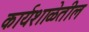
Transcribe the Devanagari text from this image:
कार्यशाळेतील